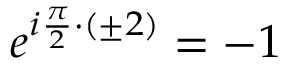
e ^ { i \frac { \pi } { 2 } \cdot ( \pm 2 ) } = - 1